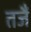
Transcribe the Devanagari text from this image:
तजैं